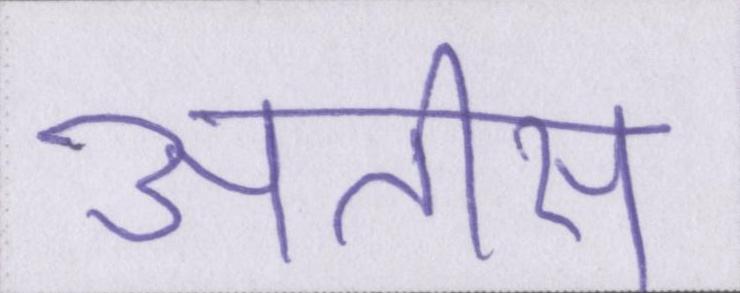
अतीस